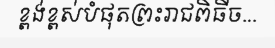
ខ្ពង់ខ្ពស់បំផុតព្រះរាជពិធីច...